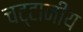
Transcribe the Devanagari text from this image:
चट्टानीय